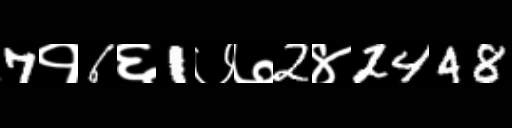
Text: 7१6६1७७2४2448